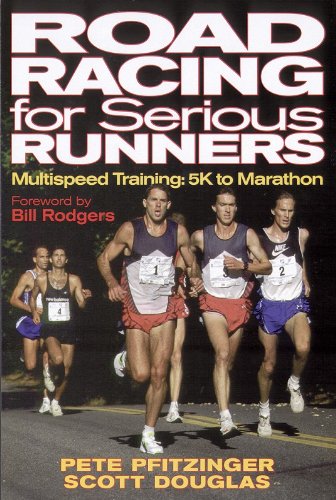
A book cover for Road Racing for Serious Runners:  Multispeed Training- 5K to Marathon; Peter Pfitzinger; Sports & Outdoors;